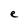
Character: e